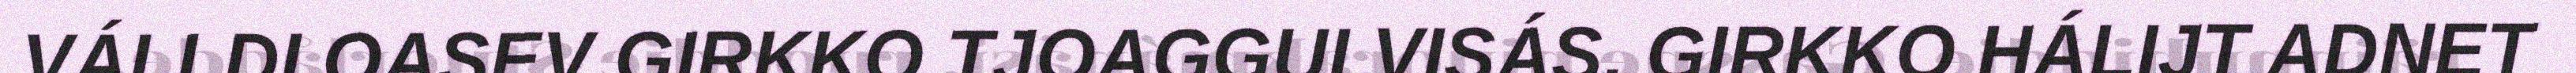
VÁLLDI OASEV GIRKKO TJOAGGULVISÁS. GIRKKO HÁLIJT ADNET